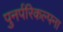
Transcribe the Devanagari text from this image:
पुनर्परिकल्पना